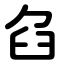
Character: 臽